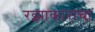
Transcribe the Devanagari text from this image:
रझाकाराचा